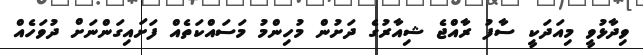
ވިދާޅުވީ މިއަދަކީ ސާފު ރާއްޖެ ޝިއާރުގެ ދަށުން މުހިންމު މަސައްކަތެއް ފަށައިގަންނަށް ދުވަހެއް